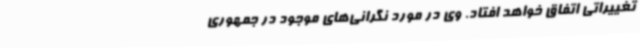
تغییراتی اتفاق خواهد افتاد. وی در مورد نگرانی‌های موجود در جمهوری